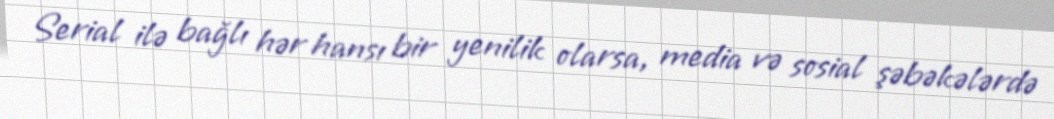
Serial ilə bağlı hər hansı bir yenilik olarsa, media və sosial şəbəkələrdə